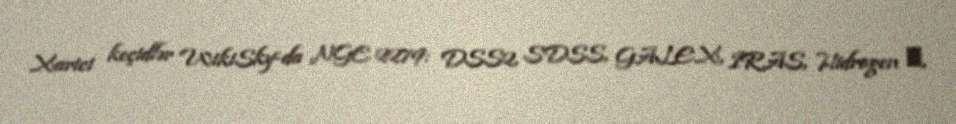
Xarici keçidlər WikiSky-da NGC 2279: DSS2, SDSS, GALEX, IRAS, Hidrogen α,